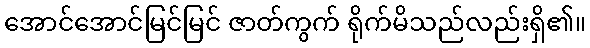
အောင်အောင်မြင်မြင် ဇာတ်ကွက် ရိုက်မိသည်လည်းရှိ၏။